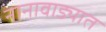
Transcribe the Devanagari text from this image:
नानावाड्यात